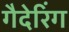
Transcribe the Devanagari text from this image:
गैदेरिंग